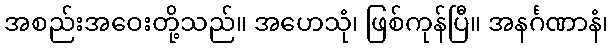
အစည်းအဝေးတို့သည်။ အဟေသုံ၊ ဖြစ်ကုန်ပြီ။ အနင်္ဂဏာနံ၊